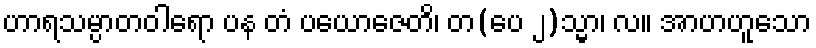
ဟာရသမ္ပာတဝါရော ပန တံ ပယောဇေတိ၊ တ(ပေ ၂)သ္မာ၊ လ။ အာဟဟူသော